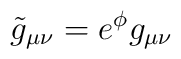
\tilde{g}_{\mu\nu}=e^{\phi}g_{\mu\nu}